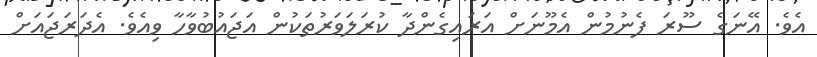
އެވެ. އޭނަގެ ސޫރަ ފެނުމުން އެމޫނަށް އަރައިގެންދާ ކުރަލަވަރުތަކުން އަޖައުބުވާހާ ވިއެވެ. އެދަރަޖައަށް